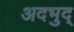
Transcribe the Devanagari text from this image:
अदभुद्